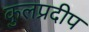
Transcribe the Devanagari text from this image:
कुलप्रदीप